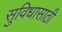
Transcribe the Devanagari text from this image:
सुविधासाठी